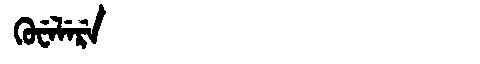
Manchu: ᡴᡠᠸᡝᠯᡝᡵᡝ
Romanization: KUWELERE